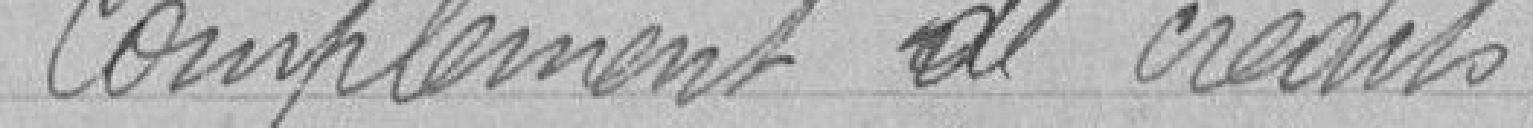
Complément de crédits